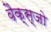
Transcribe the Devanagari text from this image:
वैक्स्जो